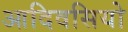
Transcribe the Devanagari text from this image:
आदिवसियो